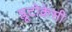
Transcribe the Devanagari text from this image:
प्लूटोक्रेसी